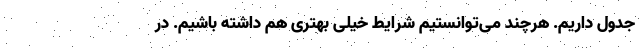
جدول داریم. هرچند می‌توانستیم شرایط خیلی بهتری هم داشته باشیم. در